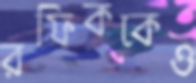
রফিককেও